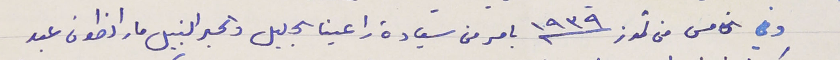
وفي الخامس من تموز سنة ١٩٣٩ بامر من سَيادة راعينا الجليل والحبر النبيل مار انطون عبد